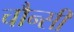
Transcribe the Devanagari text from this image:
चौन्सी